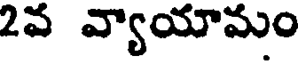
2వ వ్యాయామం